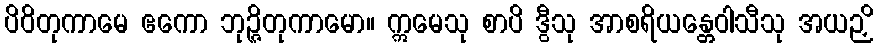
ပိဝိတုကာမေ ဧကော ဘုဉ္ဇိတုကာမော။ ဣမေသု စာပိ ဒွီသု အာစရိယန္တေဝါသီသု အယဉှိ